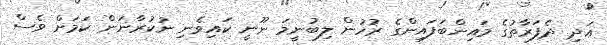
އަދި ދެފަރާތުގެ މައިންބަފައިންގެ ރުހުން ލިބުނީމަ ނޫނީ ކައިވެނި ނުކުރާނަން ކަމަށް ވެސް